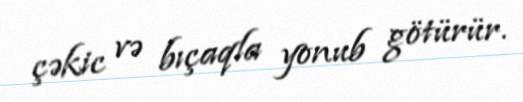
çəkic və bıçaqla yonub götürür.